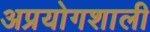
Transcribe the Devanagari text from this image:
अप्रयोगशाली